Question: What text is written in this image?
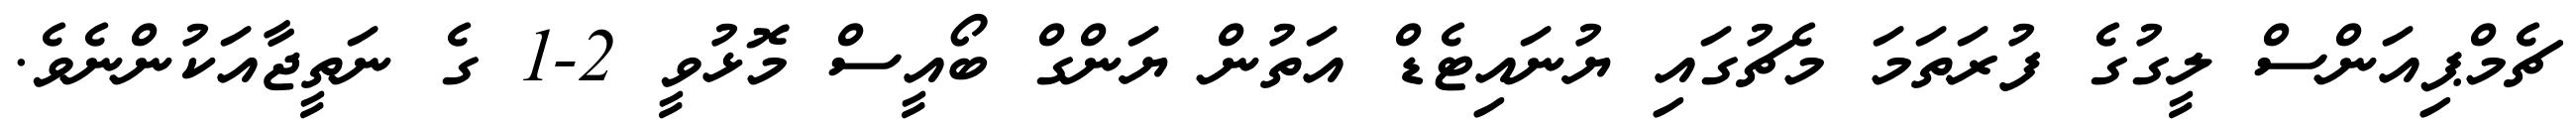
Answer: ޗެމްޕިއަންސް ލީގުގެ ފުރަތަމަ މެޗުގައި ޔުނައިޓެޑް އަތުން ޔަންގް ބޯއީސް މޮޅުވީ 2-1 ގެ ނަތީޖާއަކުންނެވެ.